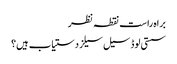
براہ راست نقطہ نظر
سستی لوڈ سیل سیلز دستیاب ہیں؟